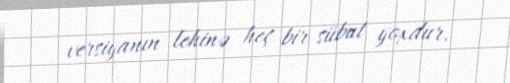
versiyanın lehinə heç bir sübut yoxdur.